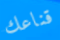
قناعك